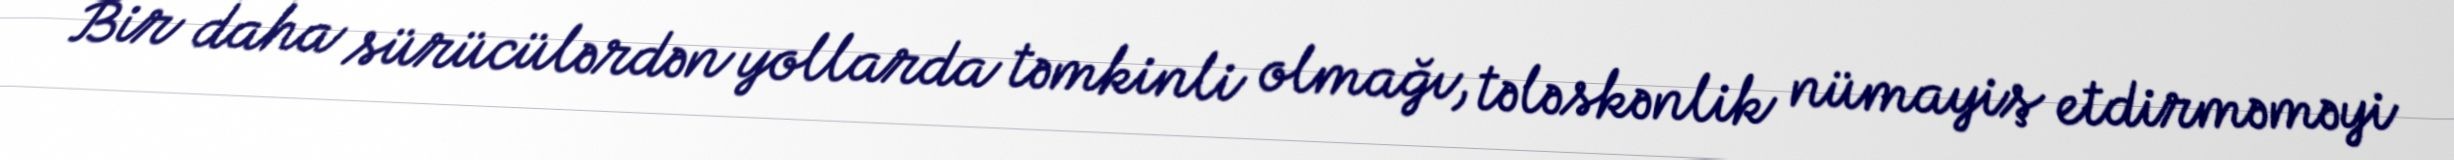
Bir daha sürücülərdən yollarda təmkinli olmağı, tələskənlik nümayiş etdirməməyi